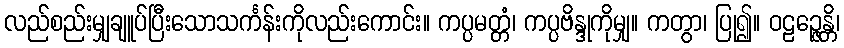
လည်စည်းမျှချူပ်ပြီးသောသင်္ကန်းကိုလည်းကောင်း။ ကပ္ပမတ္တံ၊ ကပ္ပဗိန္ဒုကိုမျှ။ ကတွာ၊ ပြု၍။ ဝဠဉ္ဇေန္တိ၊